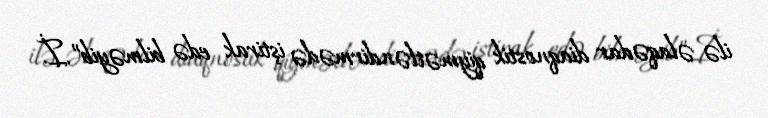
ilə əlaqədar diaqnostik qiymətləndirmədə iştirak edə bilməyib”.İ.